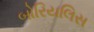
બોરિયલિસ